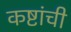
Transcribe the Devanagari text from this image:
कष्टांची